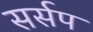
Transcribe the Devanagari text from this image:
सर्सप